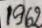
1962